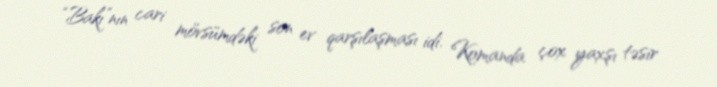
“Bakı”nın cari mövsümdəki son ev qarşılaşması idi. Komanda çox yaxşı təsir